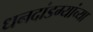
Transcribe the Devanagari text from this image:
धनदांडग्यांच्या